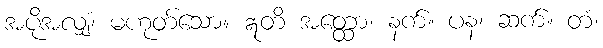
အပိုအလျှံ၊ မဟုတ်သော။ ဣတိ အတ္ထော၊ နက်။ ပန၊ ဆက်။ တံ၊